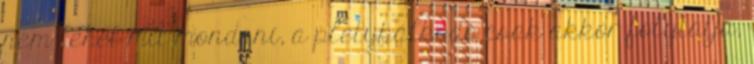
nem lehet mit mondani, a pletykálkodó csak akkor folytatja,